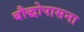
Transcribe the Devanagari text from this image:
बौद्धोपासना